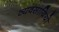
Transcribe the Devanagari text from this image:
व्यवसायियो